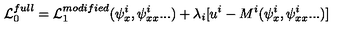
{ \cal L } _ { 0 } ^ { f u l l } = { \cal L } _ { 1 } ^ { m o d i f i e d } ( \psi _ { x } ^ { i } , \psi _ { x x } ^ { i } . . . ) + \lambda _ { i } [ u ^ { i } - M ^ { i } ( \psi _ { x } ^ { i } , \psi _ { x x } ^ { i } . . . ) ]